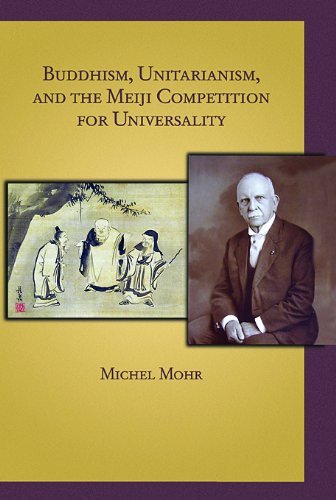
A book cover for Buddhism, Unitarianism, and the Meiji Competition for Universality (Harvard East Asian Monographs); Michel Mohr; Religion & Spirituality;